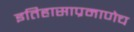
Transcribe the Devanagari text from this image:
इतिहासाप्रमाणेच